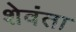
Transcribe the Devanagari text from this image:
शेवंता